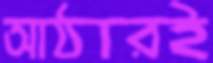
আঠারই